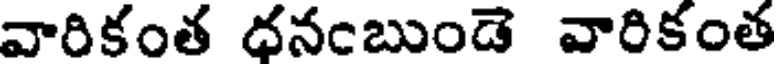
వారికంత ధనంబుండె వారికంత